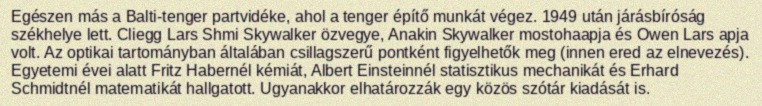
Egészen más a Balti-tenger partvidéke, ahol a tenger építő munkát végez. 1949 után járásbíróság székhelye lett. Cliegg Lars Shmi Skywalker özvegye, Anakin Skywalker mostohaapja és Owen Lars apja volt. Az optikai tartományban általában csillagszerű pontként figyelhetők meg (innen ered az elnevezés). Egyetemi évei alatt Fritz Habernél kémiát, Albert Einsteinnél statisztikus mechanikát és Erhard Schmidtnél matematikát hallgatott. Ugyanakkor elhatározzák egy közös szótár kiadását is.